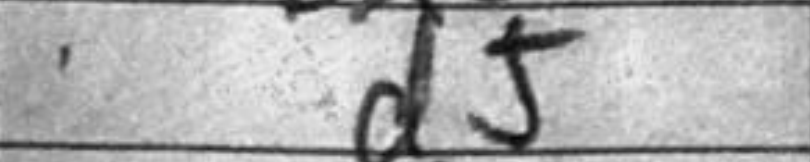
Transcription: d5